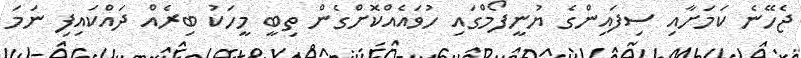
ޖެހޭނެ ކަމަށާއި ސިފައިންގެ ޔުނީފޯމްގައި ހުވައެއްކޮށްގެން ތިބީ މީހަކު ބިރެއް ދައްކައިފި ނަމަ